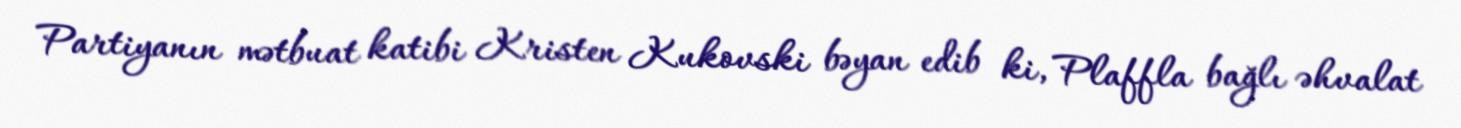
Partiyanın mətbuat katibi Kristen Kukovski bəyan edib ki, Plaffla bağlı əhvalat